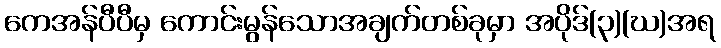
ကေအန်ပီပီမှ ကောင်းမွန်သောအချက်တစ်ခုမှာ အပိုဒ်(၃)(ဃ)အရ